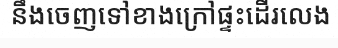
នឹងចេញទៅខាងក្រៅផ្ទះដើរលេង